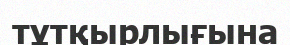
тұтқырлығына